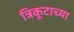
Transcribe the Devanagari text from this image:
त्रिकूटाच्या